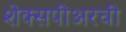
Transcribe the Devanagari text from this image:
शेक्सपीअरची